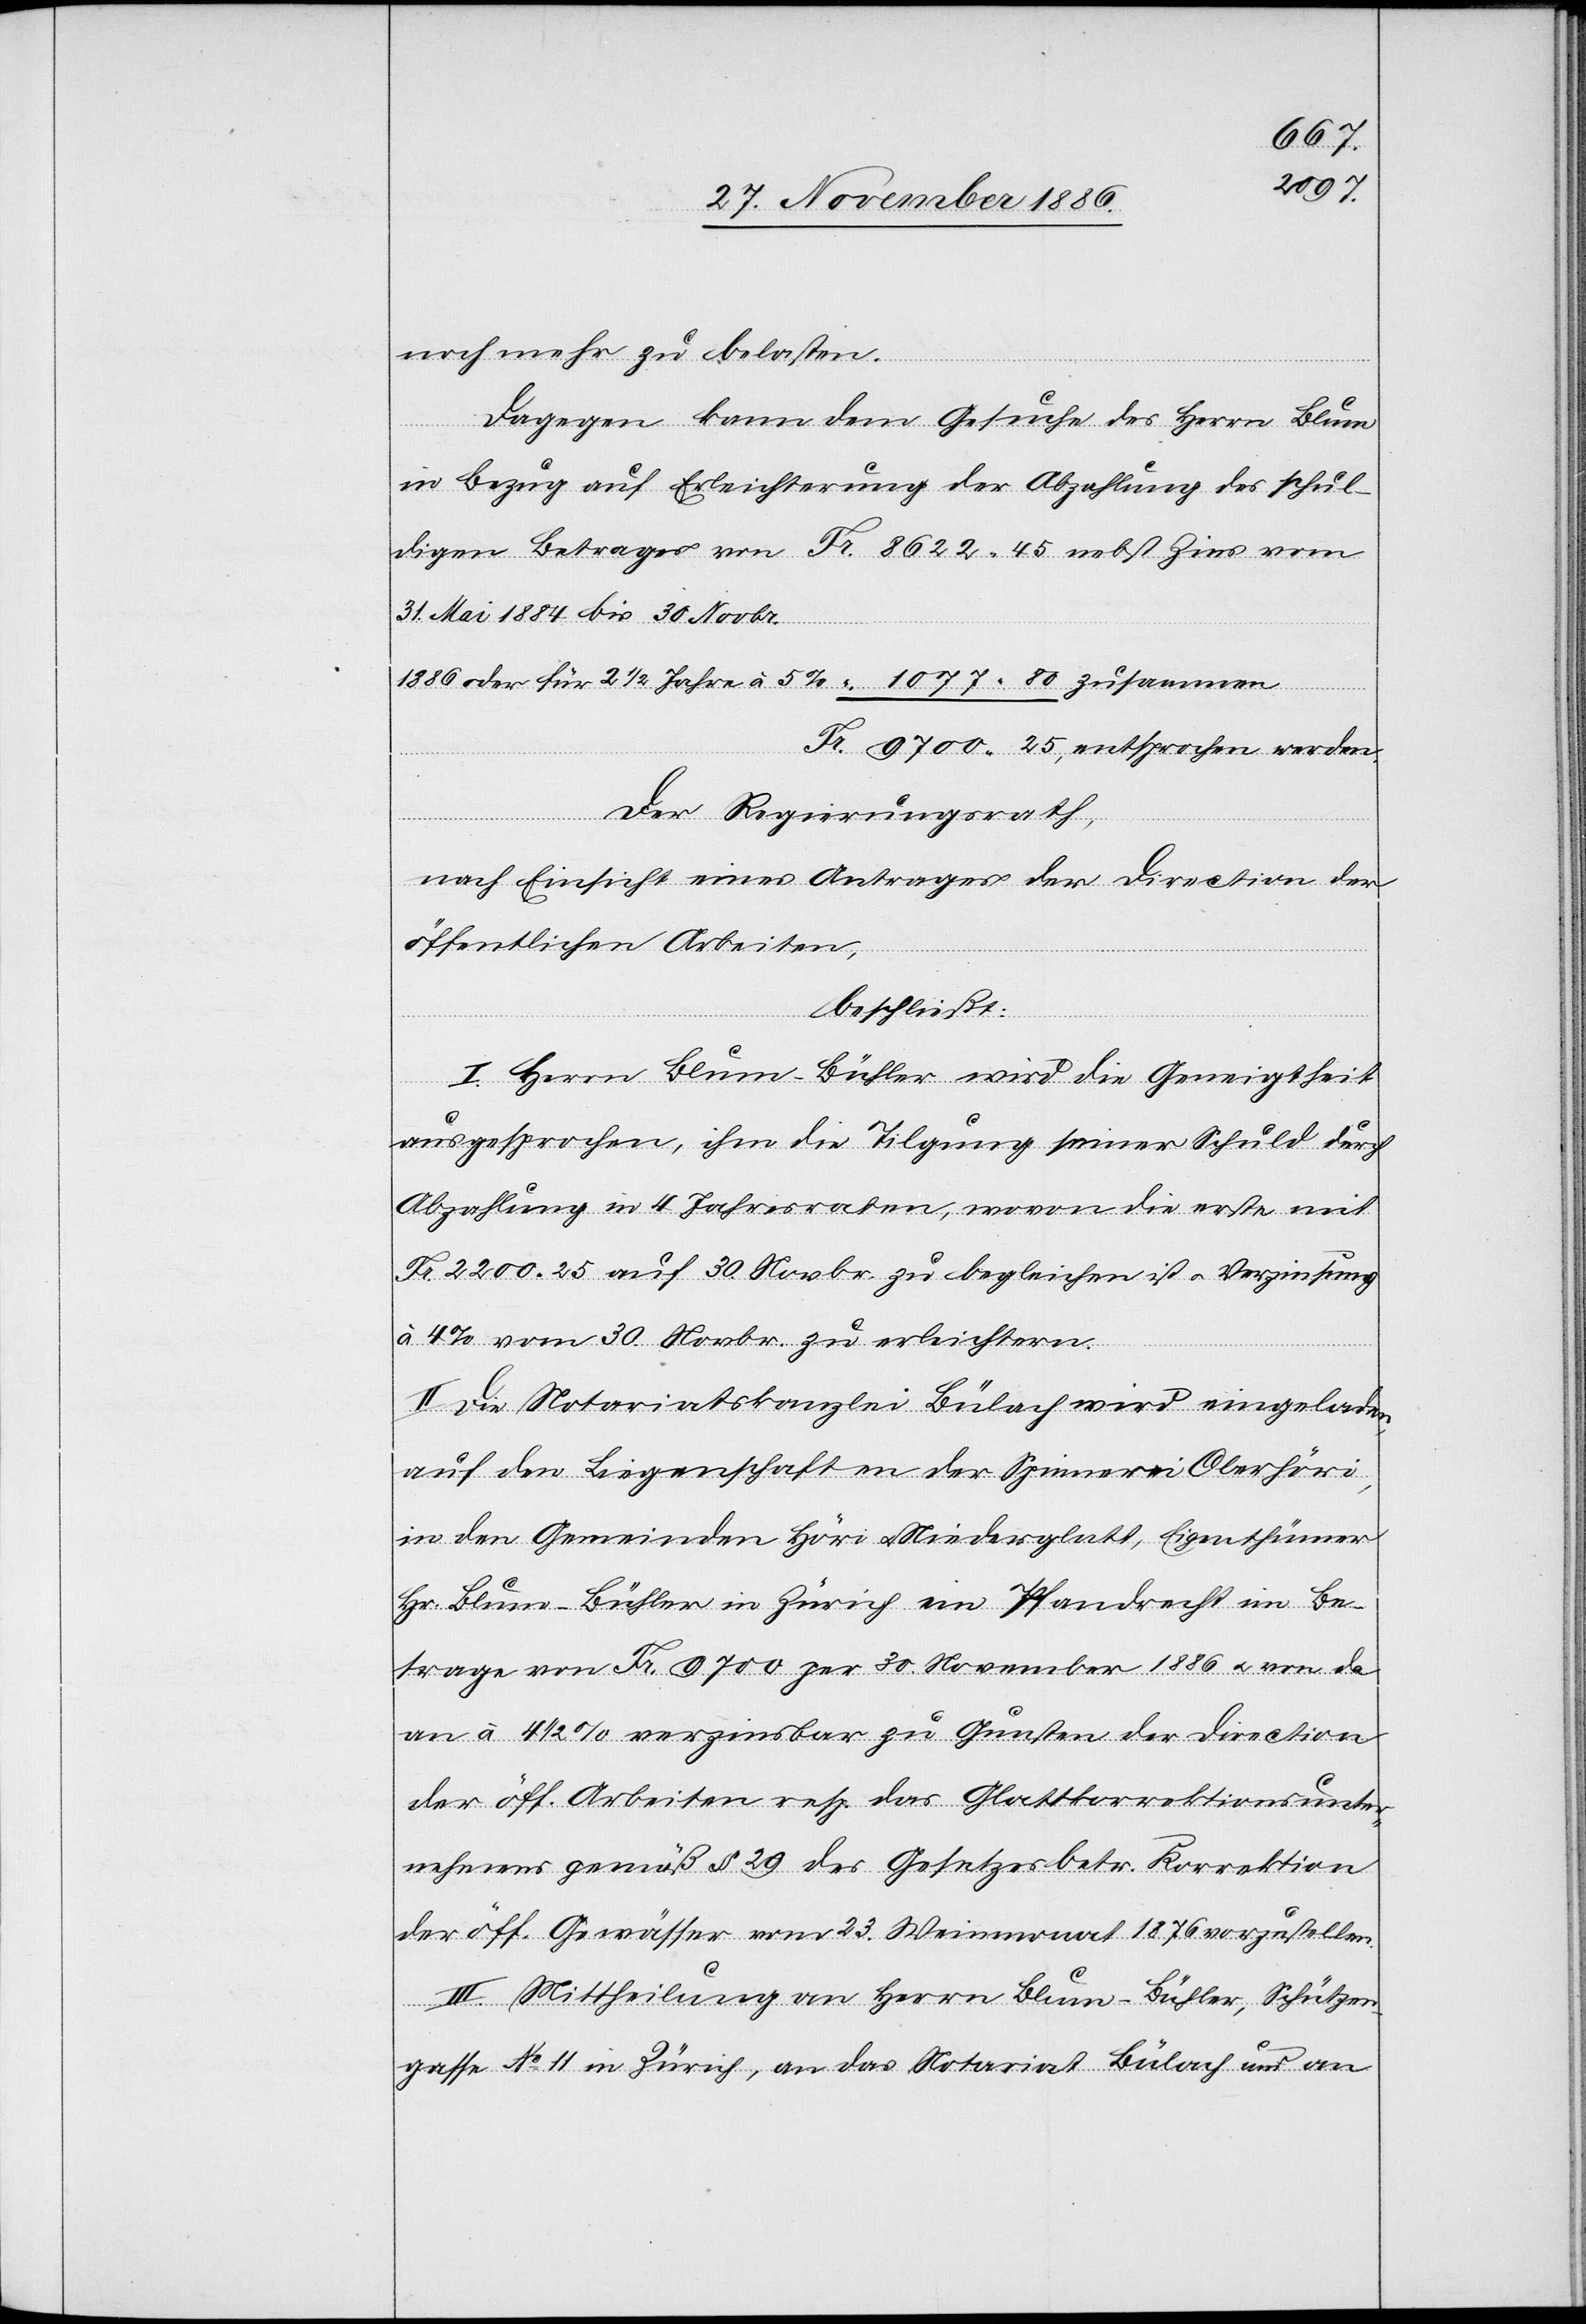
noch mehr zu belasten.
Dagegen kann dem Gesuche des Herrn Blum
in Bezug auf Erleichterung der Abzahlung des schul¬
digen Betrages von Fr. 8622 45 nebst Zins vom
31. Mai 1884 bis 30. Novbr.
1896 oder für 2 1/2 Jahre à 5% “ 1077 80 zusammen
Fr. 9700 25, entsprochen werden.
Der Regierungsrath,
nach Einsicht eines Antrages der Direction der
öffentlichen Arbeiten,
beschließt:
I. Herrn Blum-Bühler wird die Geneigtheit
ausgesprochen, ihm die Tilgung seiner Schuld durch
Abzahlung in 4 Jahresraten, wovon die erste mit
Fr. 2200 25 auf 30. Novbr. zu begleichen ist & Verzinsung
à 4% vom 30. Novbr. zu erleichtern.
II. Die Notariatskanzlei Bülach wird eingeladen,
auf den Liegenschaften der Spinnerei Oberhöri,
in den Gemeinden Höri & Niederglatt, Eigenthümer
Hr. Blum-Bühler in Zürich ein Pfandrecht im Be¬
trage von Fr. 9700 per 30. November 1886 & von da
an à 4 1/2% verzinsbar zu Gunsten der Direction
der öff. Arbeiten resp. das [sic!] Glattkorrektionsunter¬
nehmens gemäß § 29 des Gesetzes betr. Korrektion
der öff. Gewässer vom 23. Weinmonat 1876 vorzustellen.
III. Mittheilung an Herrn Blum-Bühler, Schützen¬
gasse No 11 in Zürich, an das Notariat Bülach und an